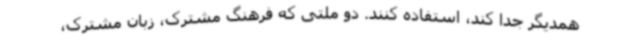
همدیگر جدا کند، استفاده کنند. دو ملتی که فرهنگ مشترک، زبان مشترک،